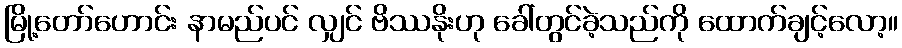
မြို့တော်ဟောင်း နာမည်ပင် လျှင် ဗိဿနိုးဟု ခေါ်တွင်ခဲ့သည်ကို ထောက်ချင့်လော့။